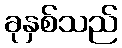
ခုနှစ်သည်